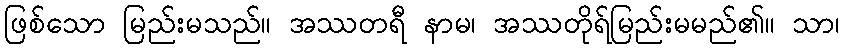
ဖြစ်သော မြည်းမသည်။ အဿတရီ နာမ၊ အဿတိုရ်မြည်းမမည်၏။ သာ၊